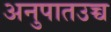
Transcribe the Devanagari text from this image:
अनुपातउच्च